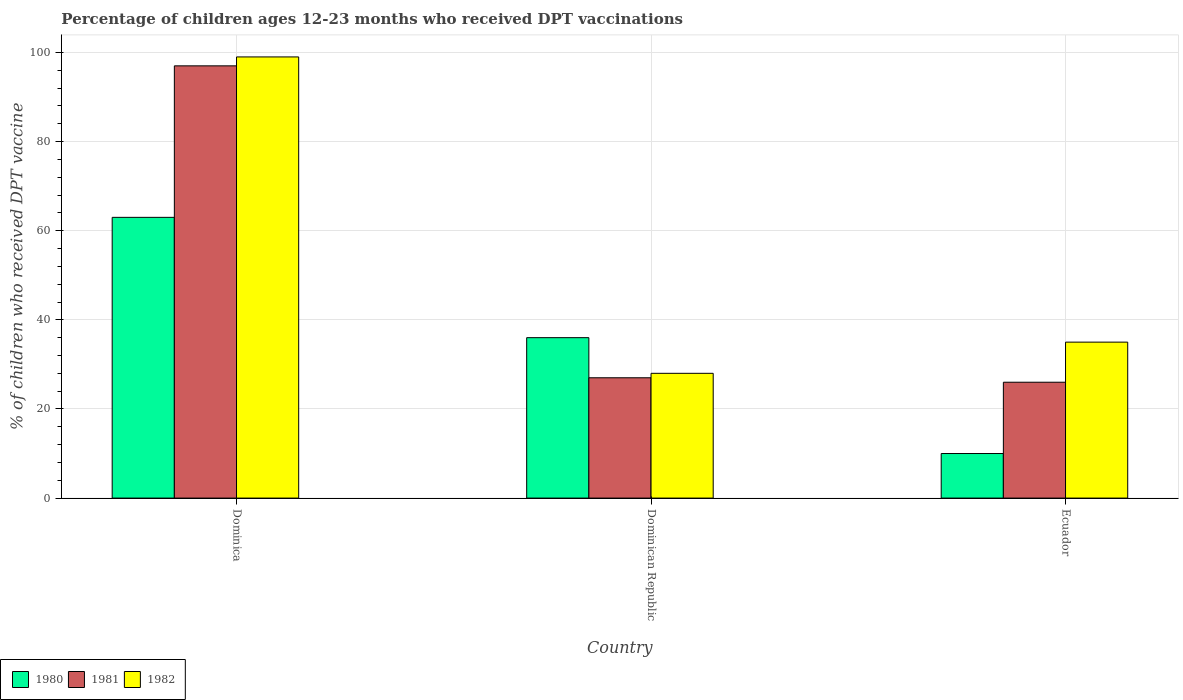
| Country | 1980 | 1981 | 1982 |
 | --- | --- | --- | --- |
 | Dominica | 63 | 97 | 99 |
 | Dominican Republic | 36 | 27 | 28 |
 | Ecuador | 10 | 26 | 35 |